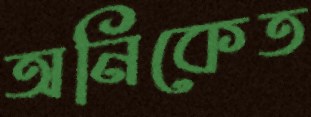
অনিকেত